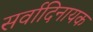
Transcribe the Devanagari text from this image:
सर्वादिनायक